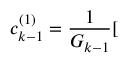
c _ { k - 1 } ^ { ( 1 ) } = \frac { 1 } { G _ { k - 1 } } [